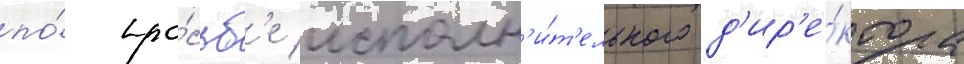
по́ про́сьб'е исполн'и́т'ельного д'ир'е́ктора